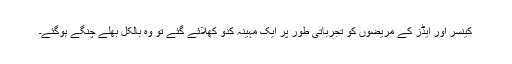
کینسر اور ایڈز کے مریضوں کو تجرباتی طور پر ایک مہینہ کدّو کھلائے گئے تو وہ بالکل بھلے چنگے ہوگئے۔